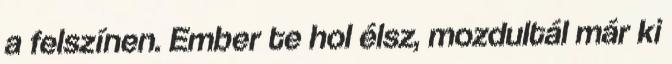
a felszínen. Ember te hol élsz, mozdultál már ki